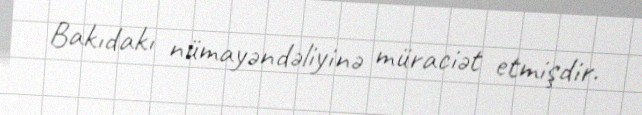
Bakıdakı nümayəndəliyinə müraciət etmişdir.